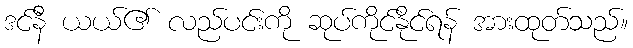
ဒင်နီ ယယ်၏ လည်ပင်းကို ဆုပ်ကိုင်နိုင်ရန် အားထုတ်သည်။